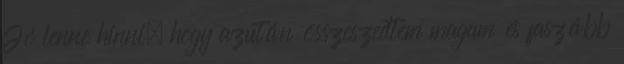
Jó lenne hinni, hogy azután összeszedtem magam és faszább